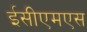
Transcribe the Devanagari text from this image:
ईसीएमएस